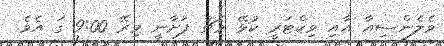
ވެލެންސިއާ އާއި ވިކްޓަރީ ކުޅޭ މެޗު ފަށާނީ މިރޭ 9:00 ގަ އެވެ.